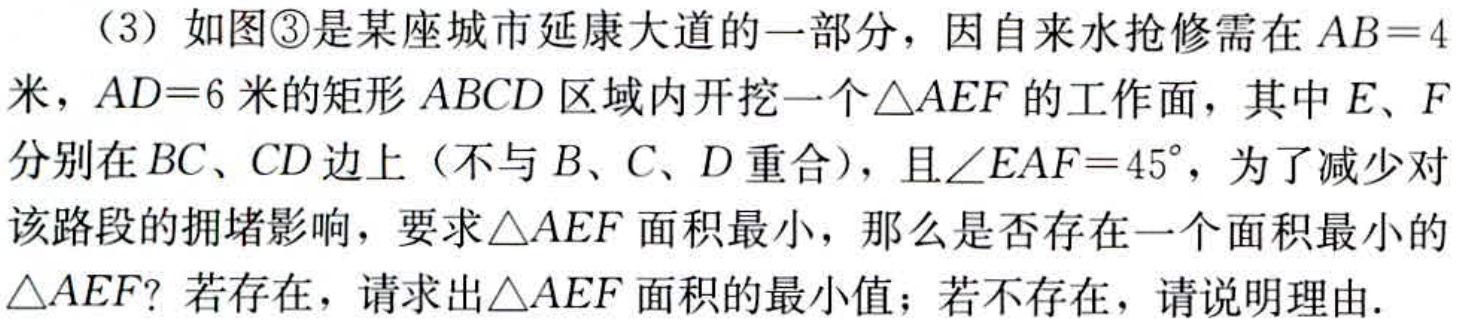
（3）如图\textcircled{3}是某座城市延康大道的一部分，因自来水抢修需在\(AB = 4\)米，\(AD = 6\)米的矩形\(ABCD\)区域内开挖一个\(\triangle AEF\)的工作面，其中\(E\)、\(F\)分别在\(BC\)、\(CD\)边上（不与\(B\)、\(C\)、\(D\)重合），且\(\angle EAF = 45^{\circ}\)，为了减少对该路段的拥堵影响，要求\(\triangle AEF\)面积最小，那么是否存在一个面积最小的\(\triangle AEF\)？若存在，请求出\(\triangle AEF\)面积的最小值；若不存在，请说明理由.